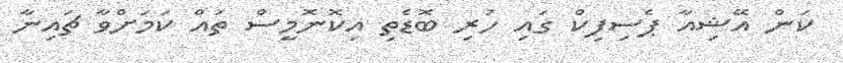
ކަން އޭޝިއާ ޕެސިފިކް ގައި ހުރި ބޮޑެތި އިކޮނޮމީސް ތައް ކަމަށްވާ ޗައިނާ